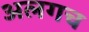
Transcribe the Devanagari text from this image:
अलगच